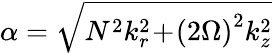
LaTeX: \alpha=\sqrt{N^{2}k_{r}^{2}\! +\! \left(2\Omega\right)^{2}k_{z}^{2}}